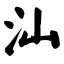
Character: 汕